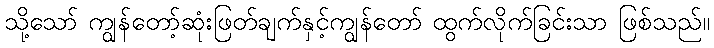
သို့သော် ကျွန်တော့်ဆုံးဖြတ်ချက်နှင့်ကျွန်တော် ထွက်လိုက်ခြင်းသာ ဖြစ်သည်။